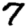
Digit: 7